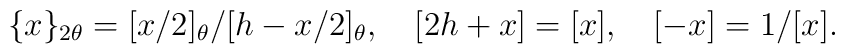
\{x\}_{2\theta}=[x/2]_{\theta}/[h-x/2]_{\theta},~~~[2h+x]=[x],~~~[-x]=1/[x].